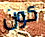
كون